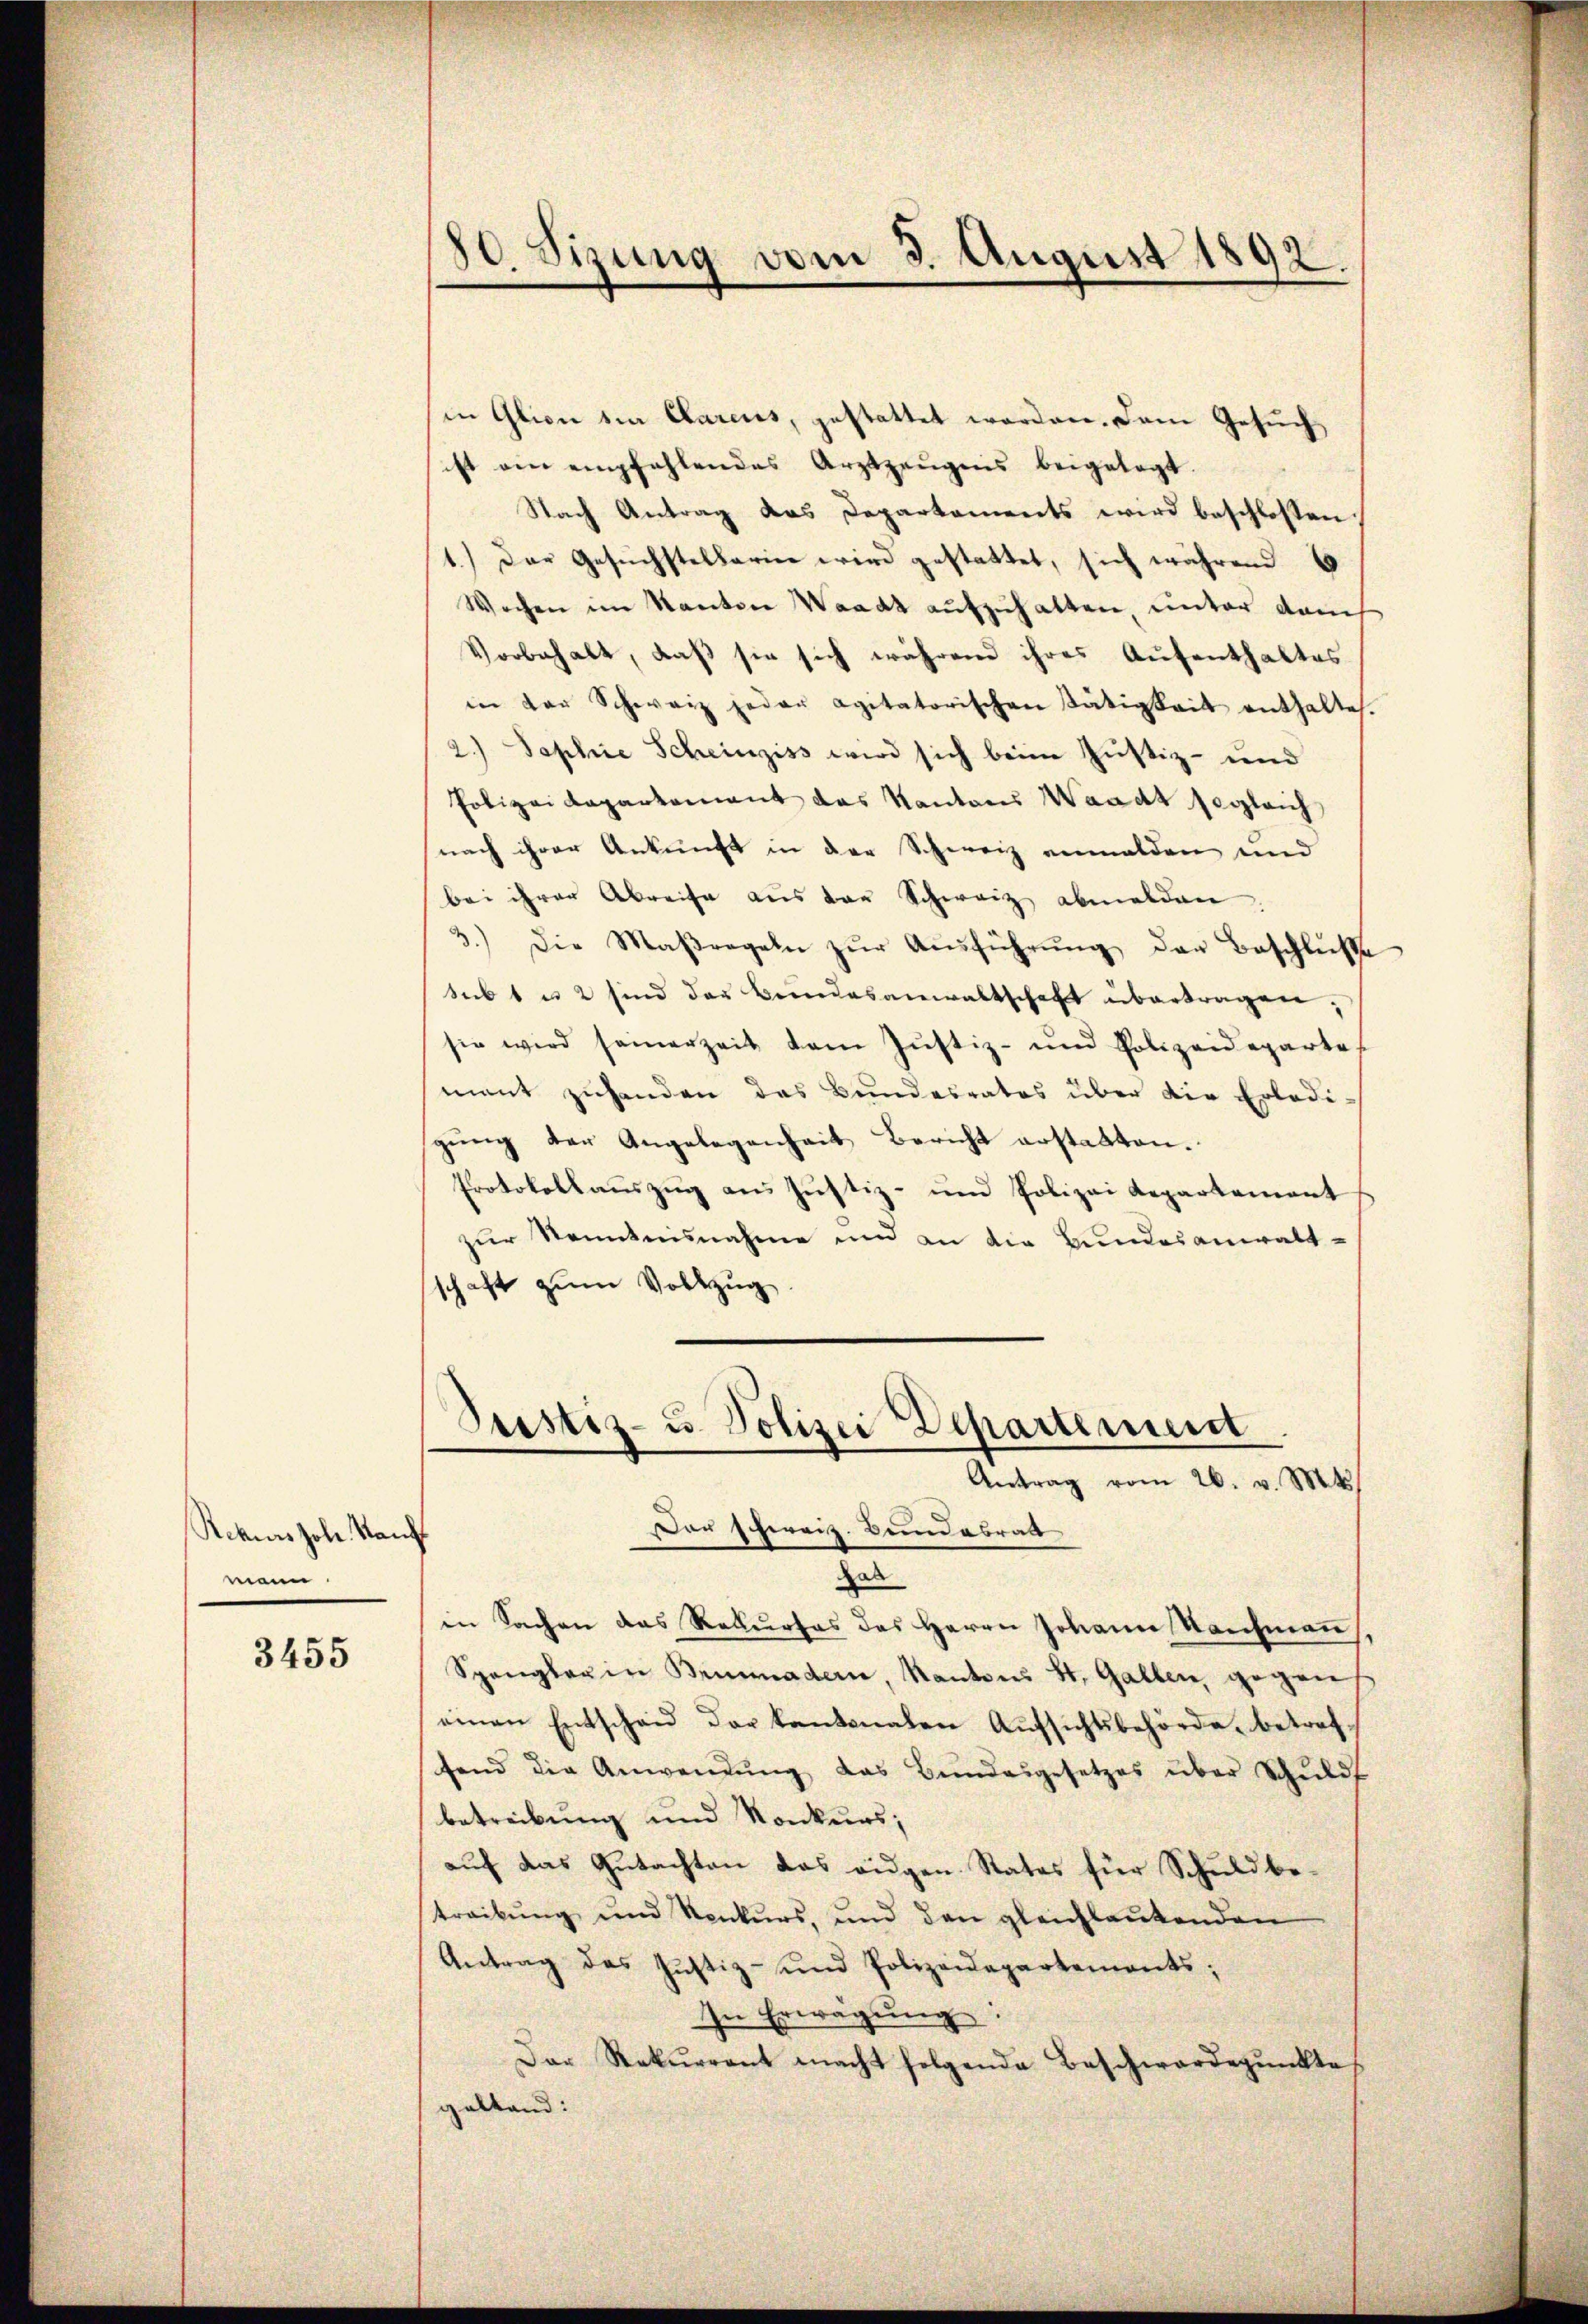
Rekurs hohe Kanz
mann

3455

in Glion ein Clarens, gestattet worden. Dem Gesuch,
ist ain empfehlendes Arztzeŭgnis beigelegt.
Nach Antrag das Departements wird beschlossen
1.) Der Gesuchstellerin wird gestattet, sich während
Wochen im Kanton Waadt aufzuhalten, unter dam
Vorbehalt, daß sie sich während ihres Aufenthaltes
in der Schweiz jeder agitatorischen Tätigkeit enthaltes.
2.) Sophie Scheinziss wird sich beim Justiz- und
Polizeidepartement das Kantons Waadt sogleich
nach ihrer Ankunft in der Schweiz eimalden und
bei ihrer Abreise aus der Schwarz abmelden
3.) Die Maßregeln zŭr Aŭsführŭng der Beschlüße
sub 1 u 2 sind der Bundesanwaltschaft übertragen.
sie wird samerzeit dem Jŭstiz- und Polizeideparte
mant zuhanden das Bundesrates über die Erledi
gung der Angelegenheit Bericht erstatten.
Protokollauszug aus Justiz- und Polizei Repartement
zŭr Kenntnisnahme und an die Bundesanwalt-
schaft zŭm Vollzug

80. Sizung vom 3. August 1892.

Justiz- u Polizei Departement
Antrag vom 26. v. Mt
Das schweiz. Bund abral

hab
in Sachen das Rekurses des Herrn Johann Kaŭfmaṅ,
Spangler in Brünnader, Kantons St. Gallen, gegens
einen Entscheid der kantonalen Aŭfsichtsbehörde betref-
fend die Anwendŭng das Bundesgesetzes über Schŭld
betreibung und Konkurs;
aŭf das Gŭtachten das aŭgen Rates für Schuld be-
treibŭng und Konkŭrs, und den gleichlaŭtenden
Antrag des Justiz- und Polizeidepartements;
In Erwägŭng:
Der Rekurrent macht folgende Beschwardepŭnkte
zalkand: